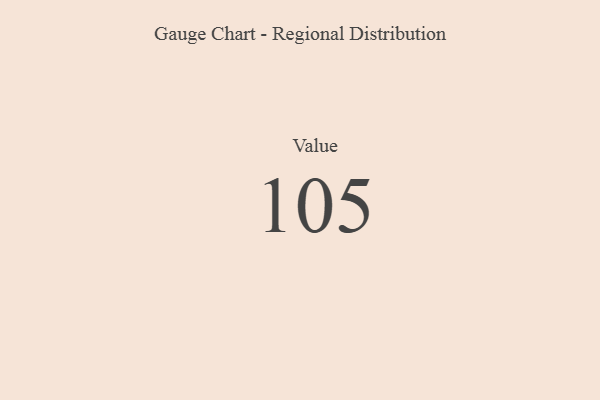
{"axis": {"x": "Metric", "y": "Value"}, "legend": [""], "data": [{"x": "Value", "y": 105, "type": ""}]}